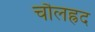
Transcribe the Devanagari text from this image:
चौलह्रद